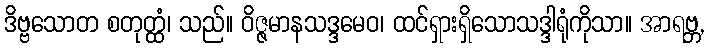
ဒိဗ္ဗသောတ စတုတ္ထံ၊ သည်။ ဝိဇ္ဇမာနသဒ္ဒမေဝ၊ ထင်ရှားရှိသောသဒ္ဒါရုံကိုသာ။ အာရဗ္ဘ,